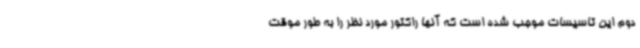
دوم این تاسیسات موجب شده است که آنها راکتور مورد نظر را به طور موقت